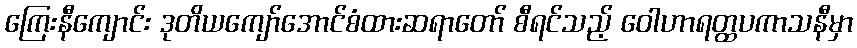
ကြေးနီကျောင်း ဒုတိယကျော်အောင်စံထားဆရာတော် စီရင်သည့် ဝေါဟာရတ္ထပကာသနီမှာ